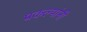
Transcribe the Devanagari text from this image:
प्रकल्पांनी